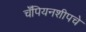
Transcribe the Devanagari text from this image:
चँपियनशीपचे